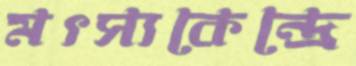
মৎস্যকেন্দ্রে